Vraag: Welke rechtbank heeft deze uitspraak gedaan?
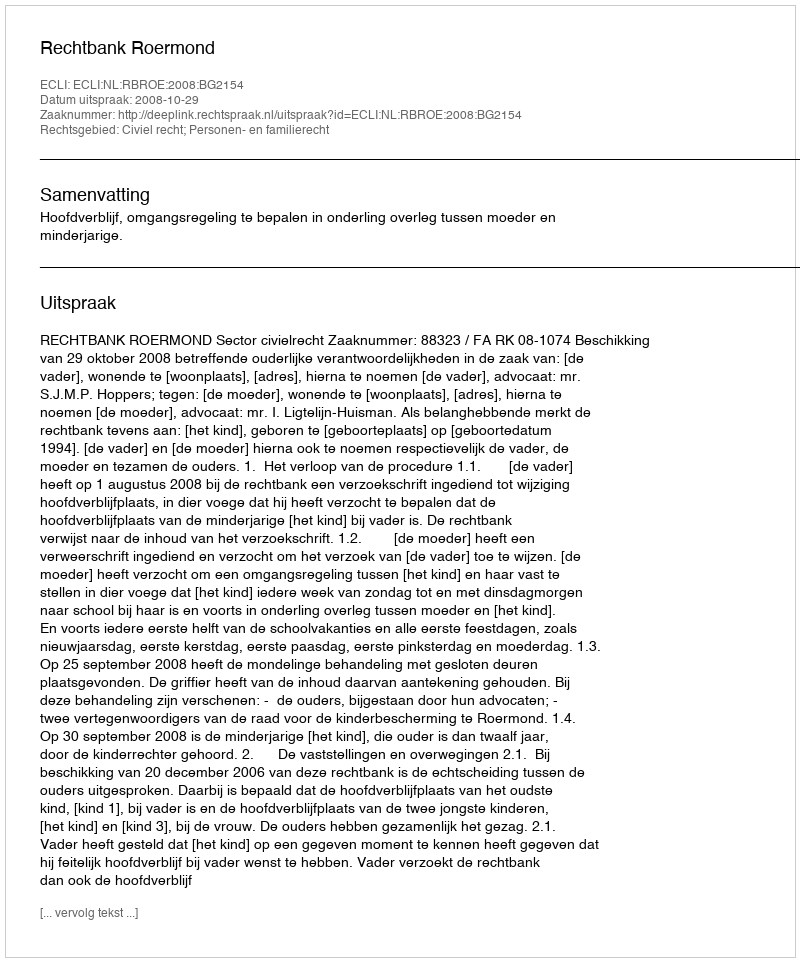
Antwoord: Rechtbank Roermond